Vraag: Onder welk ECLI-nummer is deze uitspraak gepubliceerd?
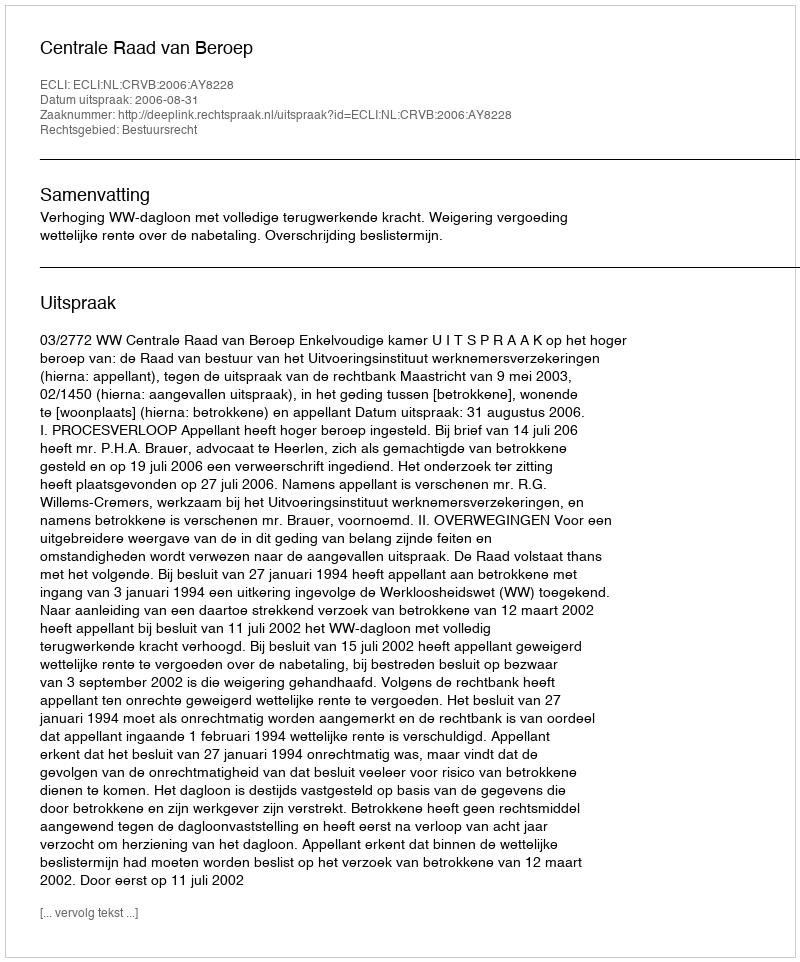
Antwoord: ECLI:NL:CRVB:2006:AY8228